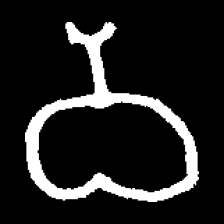
Pyu character \u2014 Myanmar letter: ဝ (romanized: wa)